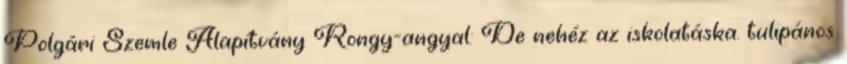
Polgári Szemle Alapítvány Rongy-angyal: De nehéz az iskolatáska. tulipános